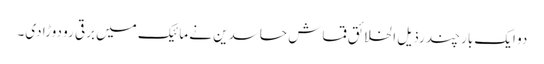
دو ایک بار چند رذیل الخلائق قماش حاسدین نے مائیک میں برقی رو دوڑا دی۔